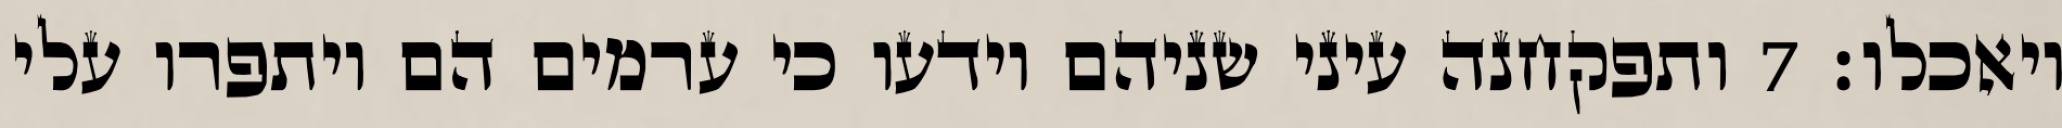
ויאכלו׃ ‎7‏ ותפקחנה עיני שניהם וידעו כי ערמים הם ויתפרו עלי